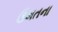
ઉમતના